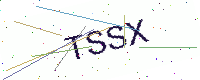
Text: TSSX